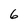
Character: 6